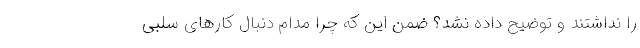
را نداشتند و توضیح داده نشد؟ ضمن این که چرا مدام دنبال کارهای سلبی